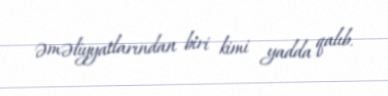
əməliyyatlarından biri kimi yadda qalıb.